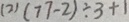
( 2 ) ( 7 7 - 2 ) \div 3 + 1